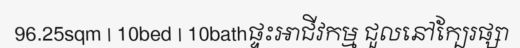
96.25sqm | 10bed | 10bathផ្ទះអាជីវកម្ម ជួលនៅក្បែរផ្សា